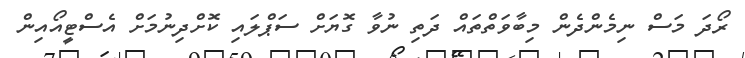
ރޯދަ މަސް ނިމެންދެން މިބާވަތްތައް ދަތި ނުވާ ގޮޔަށް ސަޕްލައި ކޮށްދިނުމަށް އެސްޓީއޯއިން